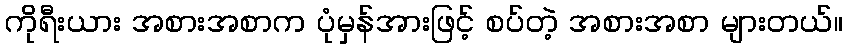
ကိုရီးယား အစားအစာက ပုံမှန်အားဖြင့် စပ်တဲ့ အစားအစာ များတယ်။